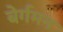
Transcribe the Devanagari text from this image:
बेर्गमन